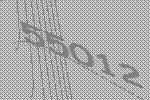
55012